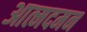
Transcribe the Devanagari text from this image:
आत्मदमन